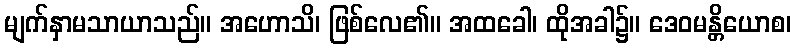
မျက်နှာမသာယာသည်။ အဟောသိ၊ ဖြစ်လေ၏။ အထခေါ၊ ထိုအခါ၌။ ဒေဝမန္တိယောစ၊